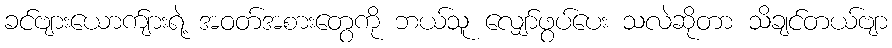
ခင်ဗျားယောက်ျားရဲ့ အဝတ်အစားတွေကို ဘယ်သူ လျှော်ဖွပ်ပေး သလဲဆိုတာ သိချင်တယ်ဗျာ